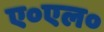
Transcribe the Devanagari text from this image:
ए०एल०